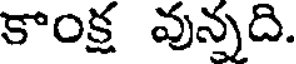
కాంక్ష వున్నది.